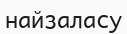
найзаласу